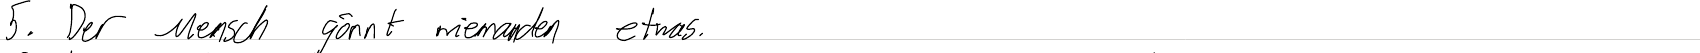
5. Der Mensch gönnt niemanden etwas.